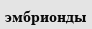
эмбрионды